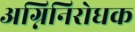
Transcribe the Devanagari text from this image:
अग्निनिरोधक